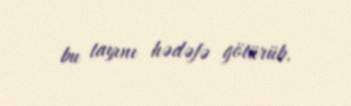
bu tayını hədəfə götürüb.